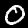
Digit: 0